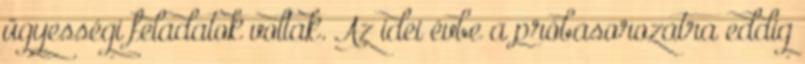
ügyességi feladatok voltak. Az idei évbe a próbasorozatra eddig